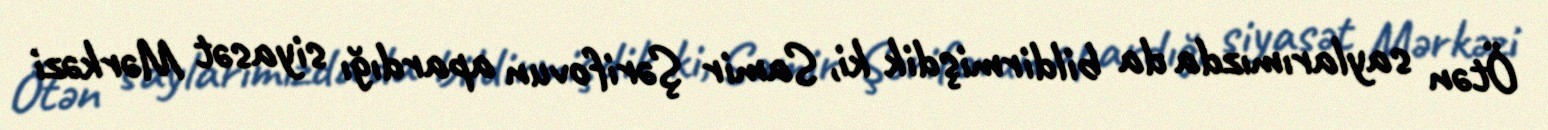
Ötən saylarımızda da bildirmişdik ki, Samir Şərifovun apardığı siyasət Mərkəzi